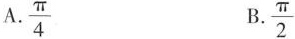
A.\frac{\pi}{4} B.\frac{\pi}{2}